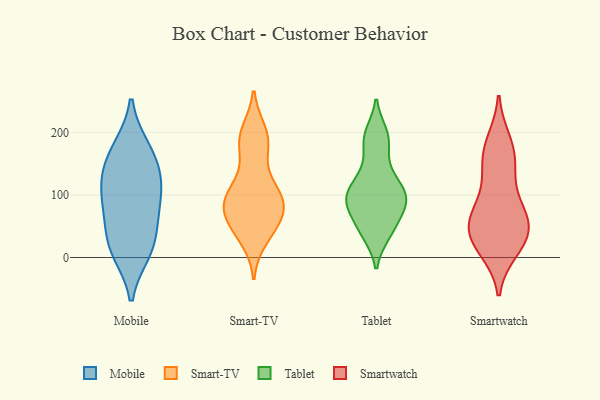
{"axis": {"x": "Population (Million)", "y": "Value"}, "legend": ["Mobile", "Smart-TV", "Smartwatch", "Tablet"], "data": [{"x": "", "y": 135, "type": "Mobile"}, {"x": "", "y": 86, "type": "Mobile"}, {"x": "", "y": 84, "type": "Mobile"}, {"x": "", "y": 61, "type": "Mobile"}, {"x": "", "y": 16, "type": "Mobile"}, {"x": "", "y": 172, "type": "Mobile"}, {"x": "", "y": 10, "type": "Mobile"}, {"x": "", "y": 20, "type": "Mobile"}, {"x": "", "y": 130, "type": "Mobile"}, {"x": "", "y": 119, "type": "Mobile"}, {"x": "", "y": 174, "type": "Mobile"}, {"x": "", "y": 40, "type": "Smart-TV"}, {"x": "", "y": 46, "type": "Smart-TV"}, {"x": "", "y": 101, "type": "Smart-TV"}, {"x": "", "y": 192, "type": "Smart-TV"}, {"x": "", "y": 31, "type": "Smart-TV"}, {"x": "", "y": 173, "type": "Smart-TV"}, {"x": "", "y": 105, "type": "Smart-TV"}, {"x": "", "y": 56, "type": "Smart-TV"}, {"x": "", "y": 80, "type": "Smart-TV"}, {"x": "", "y": 79, "type": "Smart-TV"}, {"x": "", "y": 191, "type": "Smart-TV"}, {"x": "", "y": 90, "type": "Smart-TV"}, {"x": "", "y": 200, "type": "Smart-TV"}, {"x": "", "y": 84, "type": "Smart-TV"}, {"x": "", "y": 62, "type": "Smart-TV"}, {"x": "", "y": 102, "type": "Smart-TV"}, {"x": "", "y": 127, "type": "Smart-TV"}, {"x": "", "y": 85, "type": "Smart-TV"}, {"x": "", "y": 186, "type": "Smart-TV"}, {"x": "", "y": 188, "type": "Tablet"}, {"x": "", "y": 122, "type": "Tablet"}, {"x": "", "y": 91, "type": "Tablet"}, {"x": "", "y": 197, "type": "Tablet"}, {"x": "", "y": 44, "type": "Tablet"}, {"x": "", "y": 87, "type": "Tablet"}, {"x": "", "y": 72, "type": "Tablet"}, {"x": "", "y": 151, "type": "Tablet"}, {"x": "", "y": 79, "type": "Tablet"}, {"x": "", "y": 191, "type": "Tablet"}, {"x": "", "y": 119, "type": "Tablet"}, {"x": "", "y": 94, "type": "Tablet"}, {"x": "", "y": 102, "type": "Tablet"}, {"x": "", "y": 104, "type": "Tablet"}, {"x": "", "y": 42, "type": "Tablet"}, {"x": "", "y": 38, "type": "Tablet"}, {"x": "", "y": 58, "type": "Smartwatch"}, {"x": "", "y": 161, "type": "Smartwatch"}, {"x": "", "y": 35, "type": "Smartwatch"}, {"x": "", "y": 82, "type": "Smartwatch"}, {"x": "", "y": 27, "type": "Smartwatch"}, {"x": "", "y": 130, "type": "Smartwatch"}, {"x": "", "y": 185, "type": "Smartwatch"}, {"x": "", "y": 143, "type": "Smartwatch"}, {"x": "", "y": 177, "type": "Smartwatch"}, {"x": "", "y": 70, "type": "Smartwatch"}, {"x": "", "y": 13, "type": "Smartwatch"}, {"x": "", "y": 20, "type": "Smartwatch"}, {"x": "", "y": 33, "type": "Smartwatch"}, {"x": "", "y": 60, "type": "Smartwatch"}, {"x": "", "y": 67, "type": "Smartwatch"}]}